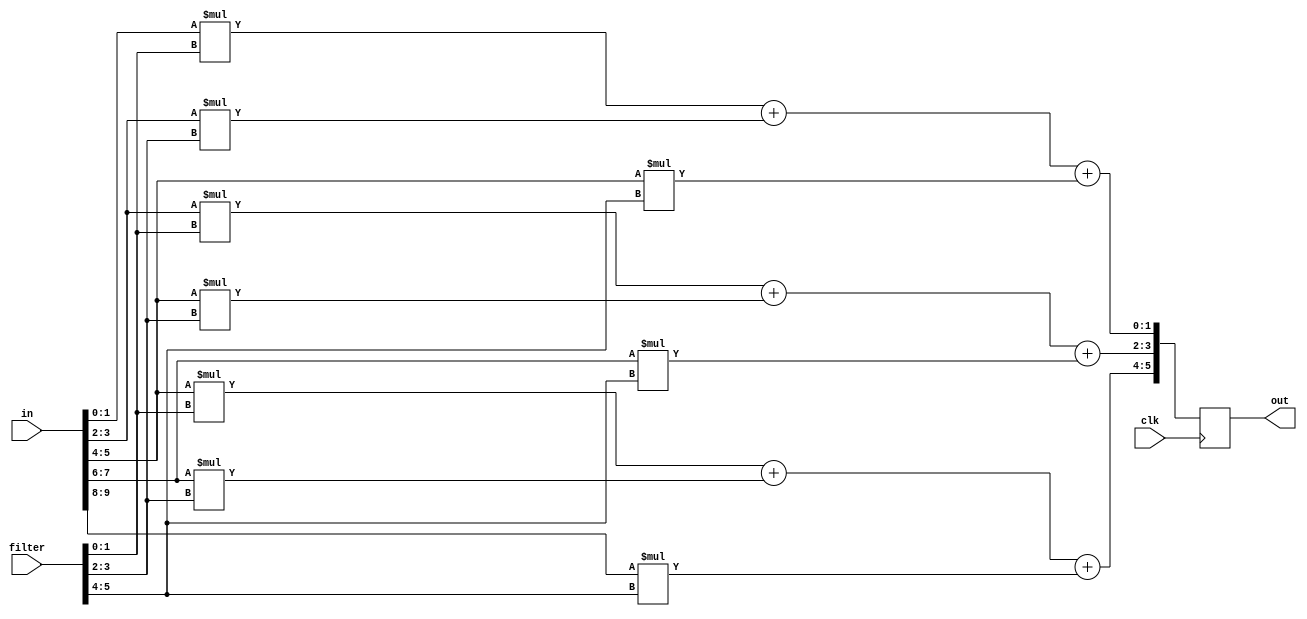
module pe_new(clk,in,filter,out);
input clk;
input [9:0]in;
input [5:0]filter;
output [5:0]out;


reg [5:0]out1;

always@(posedge clk)begin
	out1[1:0] = in[1:0] * filter[1:0] + in[3:2] * filter[3:2] + in[5:4] * filter[5:4];
	out1[3:2] = in[3:2] * filter[1:0] + in[5:4] * filter[3:2] + in[7:6] * filter[5:4];
	out1[5:4] = in[5:4] * filter[1:0] + in[7:6] * filter[3:2] + in[9:8] * filter[5:4];
end

assign out = out1;

endmodule